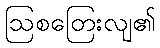
ဩစတြေးလျ၏